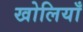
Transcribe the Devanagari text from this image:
खोलियाँ